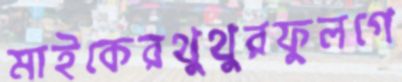
মাইকেরথুথুরফুলগে